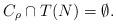
LaTeX: \begin{align*} C_\rho \cap T(N) = \emptyset.\end{align*}